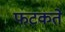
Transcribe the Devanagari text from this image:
फटकते